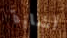
أشارة